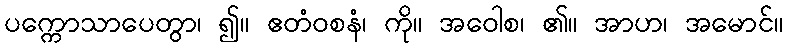
ပက္ကောသာပေတွာ၊ ၍။ ဧတံဝစနံ၊ ကို။ အဝေါစ၊ ၏။ အာဟ၊ အမောင်။